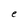
Character: e